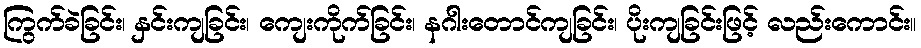
ကြွက်ခဲခြင်း၊ နှင်းကျခြင်း၊ ကျေးကိုက်ခြင်း၊ နဂါးတောင်ကျခြင်း၊ ပိုးကျခြင်းဖြင့် လည်းကောင်း။